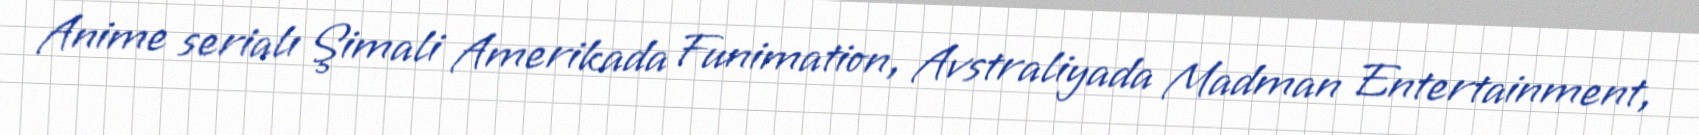
Anime serialı Şimali Amerikada Funimation, Avstraliyada Madman Entertainment,